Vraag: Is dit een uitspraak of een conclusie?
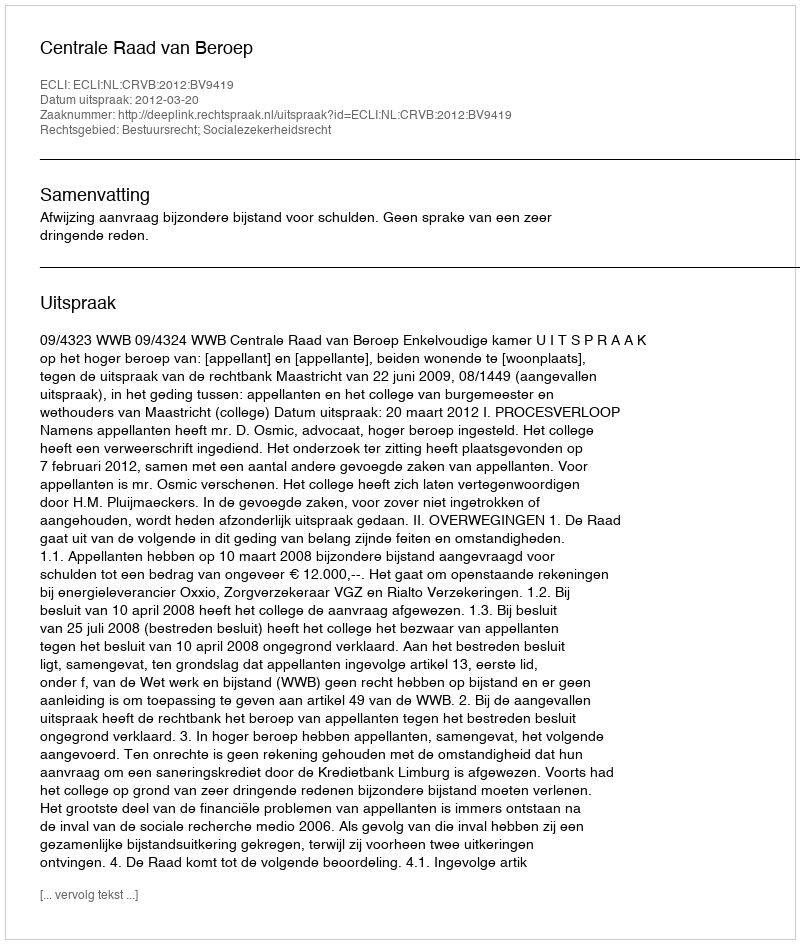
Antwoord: Uitspraak